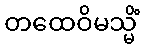
တထေဝိမသ္မိံ